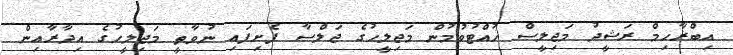
އިބްރާހިމް ރަޝީދު މަޖިލީސް ހުއްޓުވުމުން މަޖިލީހުގެ ޖަލްސާ ފެށިފައި ނުވާތީ މަޖިލީހުގެ އިދާރާއިން